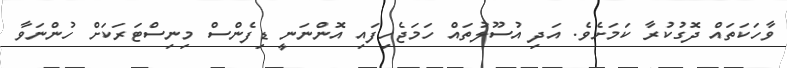
ވާހަކަތައް ދޮގުކުރާ ކަމަށެވެ. އަދި އުސޫލުތައް ހަމަޖެހިފައި އޮންނަނީ ޑިފެންސް މިނިސްޓަރަކަށް ހުންނަވާ